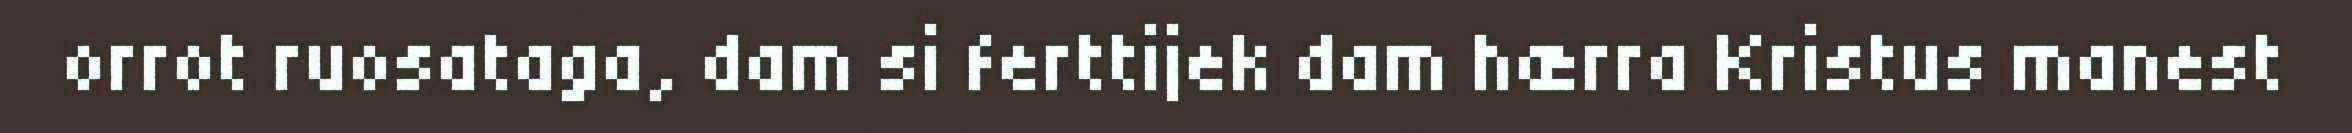
orrot ruosataga, dam si ferttijek dam hærra Kristus manest